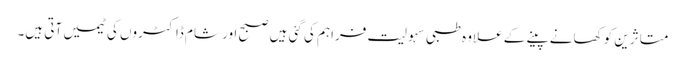
متاثرین کو کھانے پینے کے علاوہ طبی سہولیت فراہم کی گئی ہیں صبح اور شام ڈاکٹروں کی ٹیمیں آتی ہیں۔